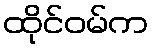
ထိုင်ဝမ်က